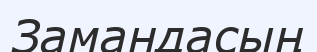
Замандасың